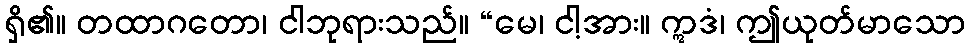
ရှိ၏။ တထာဂတော၊ ငါဘုရားသည်။ “မေ၊ ငါ့အား။ ဣဒံ၊ ဤယုတ်မာသော